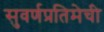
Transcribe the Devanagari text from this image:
सुवर्णप्रतिमेची